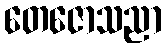
တေဇောသညာ